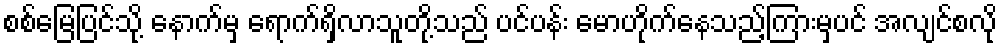
စစ်မြေပြင်သို့ နောက်မှ ရောက်ရှိလာသူတို့သည် ပင်ပန်း မောဟိုက်နေသည့်ကြားမှပင် အလျင်စလို